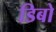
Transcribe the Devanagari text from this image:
डिबो